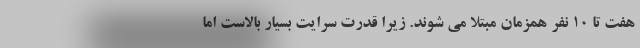
هفت تا ۱۰ نفر همزمان مبتلا می شوند. زیرا قدرت سرایت بسیار بالاست اما